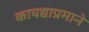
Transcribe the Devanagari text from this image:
कायद्याप्रमाने